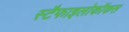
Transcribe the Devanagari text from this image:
स्टैफाइलोकॉकस